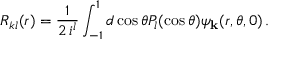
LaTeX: R _ { k l } ( r ) = { \frac { 1 } { 2 \, i ^ { l } } } \int _ { - 1 } ^ { 1 } d \cos \theta P _ { l } ( \cos \theta ) \psi _ { \bf k } ( r , \theta , 0 ) \, .